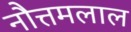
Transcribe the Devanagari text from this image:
नौत्तमलाल